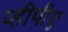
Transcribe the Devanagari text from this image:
व्हीपीए